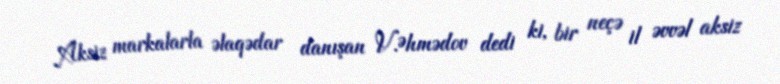
Aksiz markalarla əlaqədar danışan V.Əhmədov dedi ki, bir neçə il əvvəl aksiz